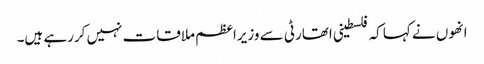
انھوں نے کہا کہ فلسطینی اتھارٹی سے وزیراعظم ملاقات نہیں کررہے ہیں۔